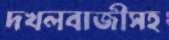
দখলবাজীসহ